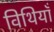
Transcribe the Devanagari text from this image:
विथियाँ